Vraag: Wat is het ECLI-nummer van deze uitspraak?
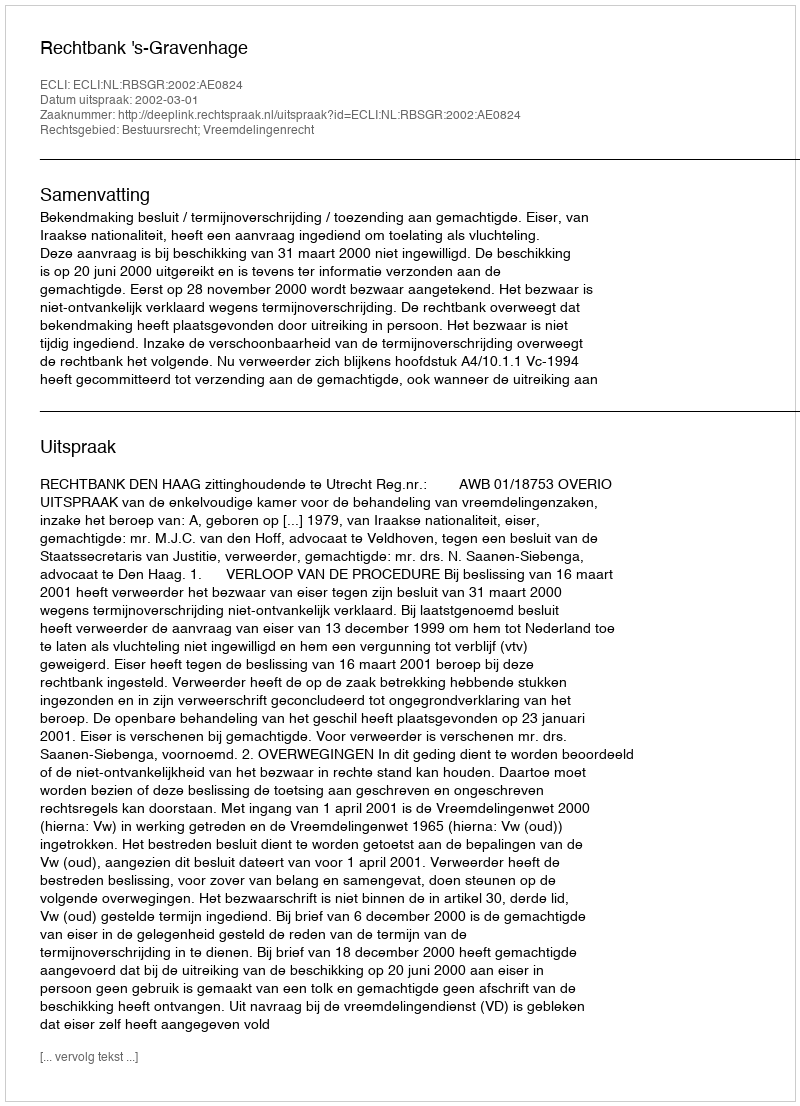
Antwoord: ECLI:NL:RBSGR:2002:AE0824